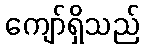
ကျော်ရှိသည်